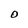
Character: O